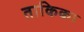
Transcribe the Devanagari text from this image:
ताकिका